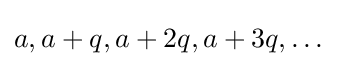
a,a+q,a+2q,a+3q,\dots